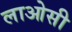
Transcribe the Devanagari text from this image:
लाओसी